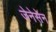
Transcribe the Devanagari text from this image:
जेनेसेन